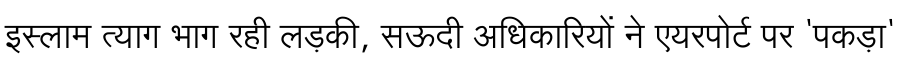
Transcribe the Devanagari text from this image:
इस्लाम त्याग भाग रही लड़की, सऊदी अधिकारियों ने एयरपोर्ट पर 'पकड़ा'